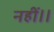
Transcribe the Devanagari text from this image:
नहीं।।